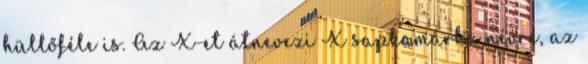
hüllőféle is. Az X-et átnevezi X sapkamárka névre, az